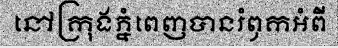
នៅក្រុងភ្នំពេញបានរំឭកអំពី